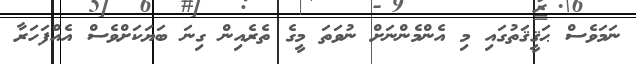
ނަމަވެސް ޙަޤީޤަތުގައި މި އެންމެންނަށް ނުވަތަ މީގެ ތެރެއިން ގިނަ ބަޔަކަށްވެސް އެއްފަހަރާ